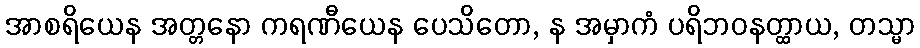
အာစရိယေန အတ္တနော ကရဏီယေန ပေသိတော, န အမှာကံ ပရိဘဝနတ္ထာယ, တသ္မာ